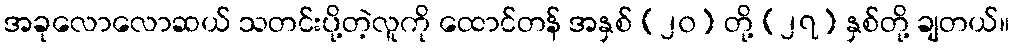
အခုလောလောဆယ် သတင်းပို့တဲ့လူကို ထောင်တန် အနှစ် (၂၀) တို့ (၂၇) နှစ်တို့ ချတယ်။